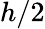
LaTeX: h/2